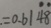
. = 0 . 6 1 \dot { 4 } \dot { 8 }